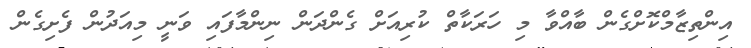
އިންތިޒާމްކޮށްގެން ބާއްވާ މި ހަރަކާތް ކުރިއަށް ގެންދަން ނިންމާފައި ވަނީ މިއަދުން ފެށިގެން